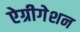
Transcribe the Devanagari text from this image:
ऐग्रीगेशन